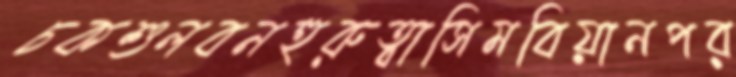
চকশুলবনহুরুত্বাসিমবিয়ানপর